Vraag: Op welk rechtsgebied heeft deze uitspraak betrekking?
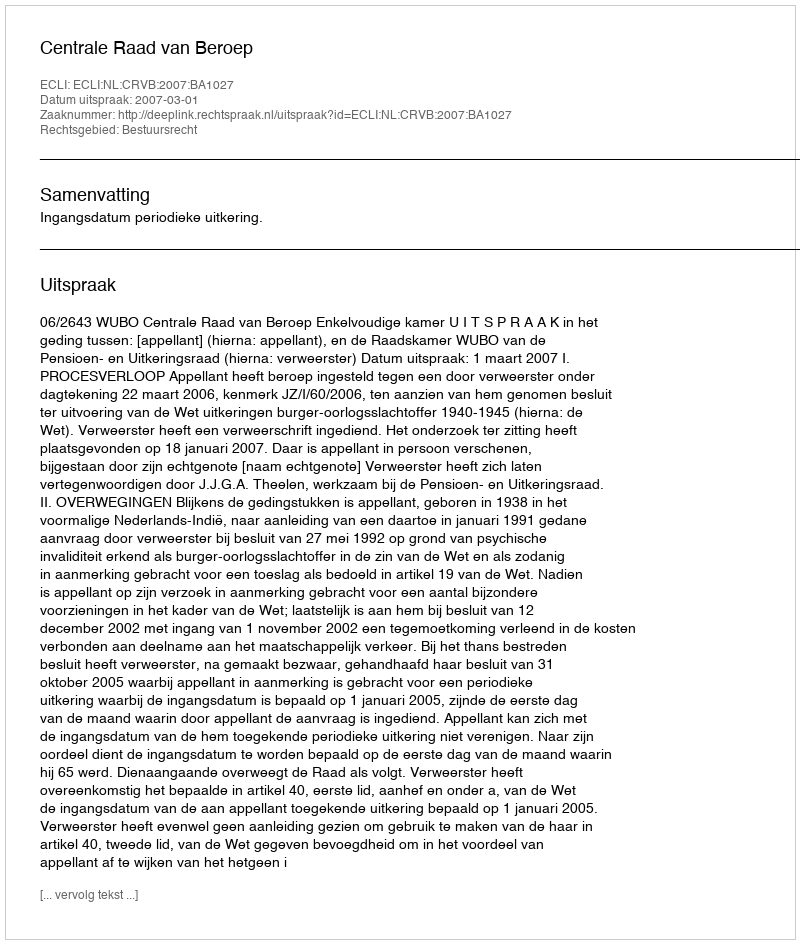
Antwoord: Bestuursrecht